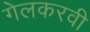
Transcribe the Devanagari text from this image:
गेलकरवी